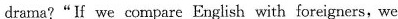
drama?"If we compare English with foreigners, we